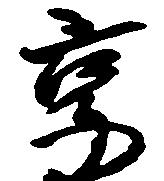
享